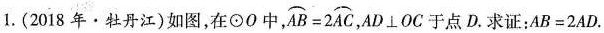
1.(2018年·牡丹江)如图，在⊙O中，$$\stackrel\frown{AB}=2\stackrel\frown{AC}$$，$$AD\perp OC$$于点D.求证：$$AB=2AD$$.